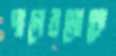
পালেরমোকে